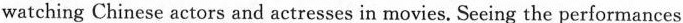
watching Chinese actors and actresses in movies. Seeing the performances